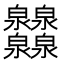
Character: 𤆁